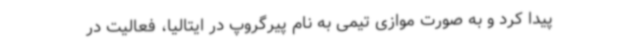
پیدا کرد و به صورت موازی تیمی به نام پیرگروپ در ایتالیا، فعالیت در